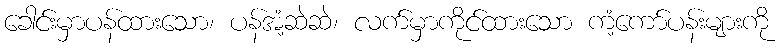
ခေါင်းမှာပန်ထားသော၊ ပန်အံ့ဆဲဆဲ၊ လက်မှာကိုင်ထားသော ကံ့ကော်ပန်းများကို